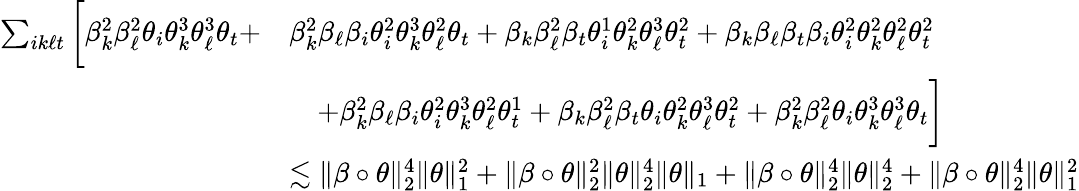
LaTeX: \begin{array}{rl}{\sum_{ik\ell t}\bigg[\beta_{k}^{2}\beta_{\ell}^{2}\theta_{i}\theta_{k}^{3}\theta_{\ell}^{3}\theta_{t}+}&{\beta_{k}^{2}\beta_{\ell}\beta_{i}\theta_{i}^{2}\theta_{k}^{3}\theta_{\ell}^{2}\theta_{t}+\beta_{k}\beta_{\ell}^{2}\beta_{t}\theta_{i}^{1}\theta_{k}^{2}\theta_{\ell}^{3}\theta_{t}^{2}+\beta_{k}\beta_{\ell}\beta_{t}\beta_{i}\theta_{i}^{2}\theta_{k}^{2}\theta_{\ell}^{2}\theta_{t}^{2}}\\ &{\quad+\beta_{k}^{2}\beta_{\ell}\beta_{i}\theta_{i}^{2}\theta_{k}^{3}\theta_{\ell}^{2}\theta_{t}^{1}+\beta_{k}\beta_{\ell}^{2}\beta_{t}\theta_{i}\theta_{k}^{2}\theta_{\ell}^{3}\theta_{t}^{2}+\beta_{k}^{2}\beta_{\ell}^{2}\theta_{i}\theta_{k}^{3}\theta_{\ell}^{3}\theta_{t}\bigg]}\\ &{\lesssim\| \beta\circ\theta\| _{2}^{4}\| \theta\| _{1}^{2}+\| \beta\circ\theta\| _{2}^{2}\| \theta\| _{2}^{4}\| \theta\| _{1}+\| \beta\circ\theta\| _{2}^{4}\| \theta\| _{2}^{4}+\| \beta\circ\theta\| _{2}^{4}\| \theta\| _{1}^{2}}\end{array}